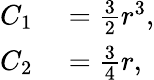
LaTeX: \begin{array}{rl}{C_{1}}&{{}={\frac{3}{2}}r^{3},}\\ {C_{2}}&{{}={\frac{3}{4}}r,}\end{array}